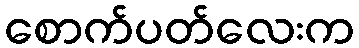
စောက်ပတ်လေးက